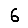
Digit: 6